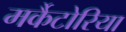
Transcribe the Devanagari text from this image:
मर्कैटोरिया